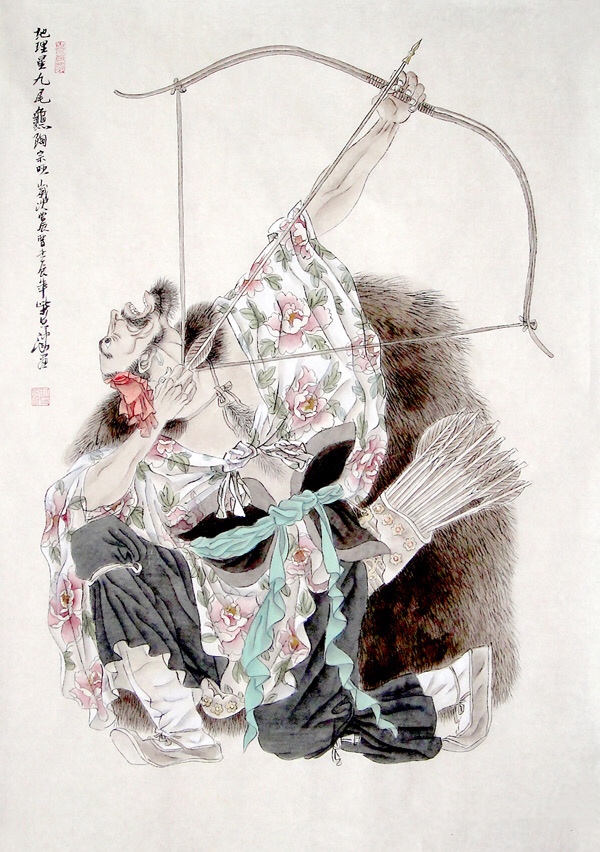
紫菊宜新寿，丹萸辟旧邪。